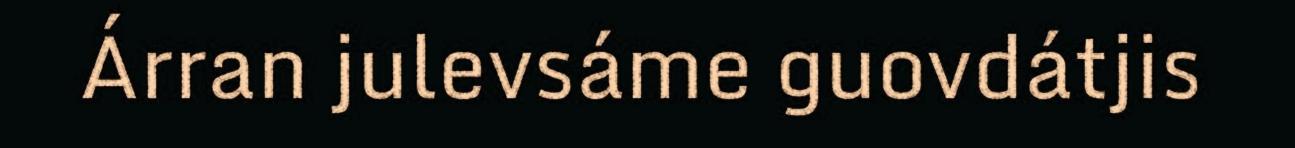
Árran julevsáme guovdátjis